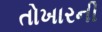
તોખારની